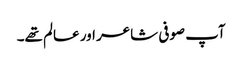
آپ صوفی شاعر اور عالم تھے۔